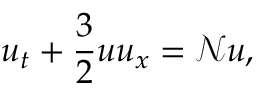
u _ { t } + \frac { 3 } { 2 } u u _ { x } = \mathscr { N } u ,